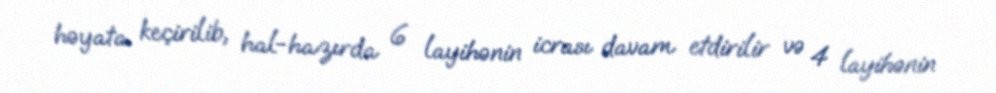
həyata keçirilib, hal-hazırda 6 layihənin icrası davam etdirilir və 4 layihənin